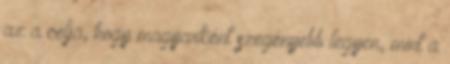
az a célja, hogy magyarként szegényebb legyen, mint a